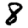
Digit: 8